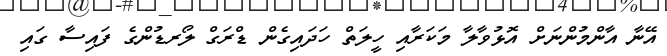
އޭނާ އާންމުންނަށް އޮޅުވާލާ މަކަރާއި ހީލަތް ހަދަައިގެން ޑްރަގް ލޯރޑުންގެ ފައިސާ ގައި